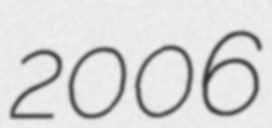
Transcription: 2006